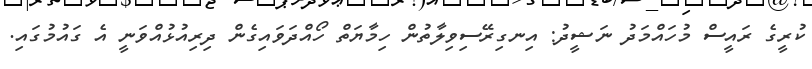
ކުރީގެ ރައީސް މުހައްމަދު ނަޝީދު: އިނގިރޭސިވިލާތުން ހިމާޔަތް ހޯއްދަވައިގެން ދިރިއުޅުއްވަނީ އެ ގައުމުގައި.